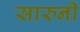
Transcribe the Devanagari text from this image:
सारुनी